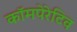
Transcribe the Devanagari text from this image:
कॉमपेरेटिव